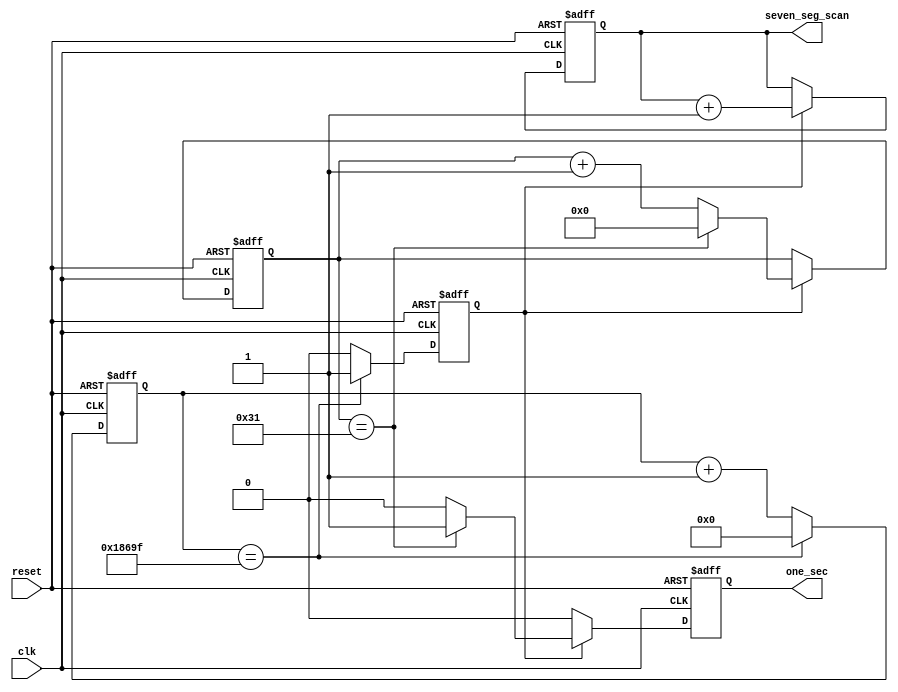
`timescale 1 ns/1 ns

module count(reset, clk, one_sec, seven_seg_scan);

// 186a0 count for 500 Hz at 50 MHz
 parameter HZ_500_CNT = 17'h186a0 - 1;

// 7d00 count for 500 Hz at 16 MHz
// parameter HZ_500_CNT = 15'h7d00 - 1;

// 1f4 count for one second at 500 Hz
 parameter CNT_500 = 9'h032 - 1;

input		reset, clk;
output 		one_sec;
output	[2:0]	seven_seg_scan;
wire		one_sec;
wire	[2:0]	seven_seg_scan;

reg		hz_500_reg, one_sec_reg;
reg	[16:0] 	cnt_500hz;
reg	[ 2:0] 	seg_scan_cnt;
reg	[ 8:0] 	cnt_one_sec;

assign	one_sec = one_sec_reg;
assign	seven_seg_scan = seg_scan_cnt;

// generate 500 Hz pulses (hz_500_reg) from 50 MHz
always@(posedge clk or negedge reset)
begin
  if(!reset) begin
    cnt_500hz  <= #1 17'h0;
    hz_500_reg <= #1 1'b0;
  end
  else
    if (cnt_500hz == HZ_500_CNT) begin
      hz_500_reg <= #1 1'b1;
      cnt_500hz  <= #1 17'h0;
    end
    else begin
      hz_500_reg <= #1 1'b0;
      cnt_500hz  <= #1 cnt_500hz + 17'h00001;
    end
end

// generate 125 Hz scan count (seg_scan_cnt) from 500 Hz
// to scan the 4 seven segment digits in turn
always@(posedge clk or negedge reset)
begin
  if(!reset)
    seg_scan_cnt  <= #1 3'b000;
  else
    if (hz_500_reg == 1'b1)
      seg_scan_cnt  <= #1 seg_scan_cnt + 3'b001;
end

// generate 1 Hz (1 sec) pulses (one_sec_reg) from 500 Hz
always@(posedge clk or negedge reset)
begin
  if(!reset) begin
    cnt_one_sec <= #1 9'h0;
    one_sec_reg <= #1 1'b0;
  end
  else
    if (hz_500_reg == 1'b1)
      if (cnt_one_sec == CNT_500) begin
        one_sec_reg <= #1 1'b1;
        cnt_one_sec <= #1 9'h0;
      end
      else begin
        one_sec_reg <= #1 1'b0;
        cnt_one_sec <= #1 cnt_one_sec + 9'h001;
      end
    else
      one_sec_reg <= #1 1'b0;
end

endmodule